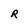
Character: R